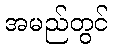
အမည်တွင်